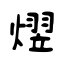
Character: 熤